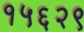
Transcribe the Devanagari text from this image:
१५६२९